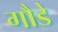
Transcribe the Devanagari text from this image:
गौडे